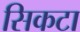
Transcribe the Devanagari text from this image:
सिकटा